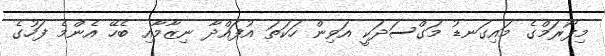
މިފޯރަމްގެ މައިގަނޑު މަގްސަދަކީ އަވިން ހަކަތަ އުފައްދާ ނިޒާމާއި ބެހޭ އެންމެ ފަހުގެ